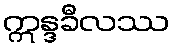
ဣန္ဒခီလဿ